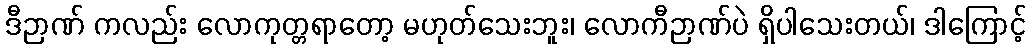
ဒီဉာဏ် ကလည်း လောကုတ္တရာတော့ မဟုတ်သေးဘူး၊ လောကီဉာဏ်ပဲ ရှိပါသေးတယ်၊ ဒါကြောင့်